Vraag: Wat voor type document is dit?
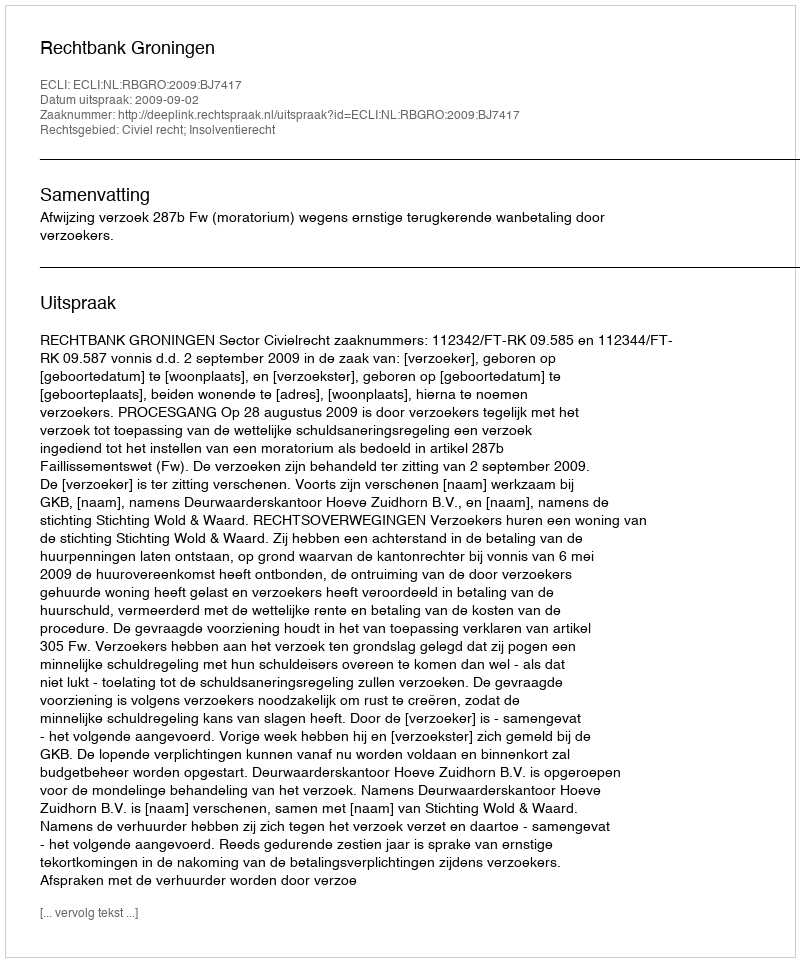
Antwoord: Uitspraak